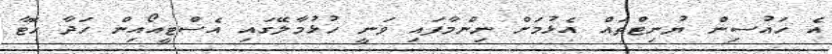
އެ ހައުސިން ޔުނިޓްތައް އެޅުމަށް ނިންމާފައި ވަނީ ހުޅުމާލޭގައި އެސްޓީއޯއިން ހަދާ ހޮޓާ